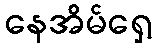
နေအိမ်ရှေ့